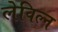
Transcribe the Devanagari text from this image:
लेविल्न